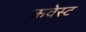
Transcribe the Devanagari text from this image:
कवेस्ट